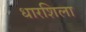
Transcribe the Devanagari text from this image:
धारशिला